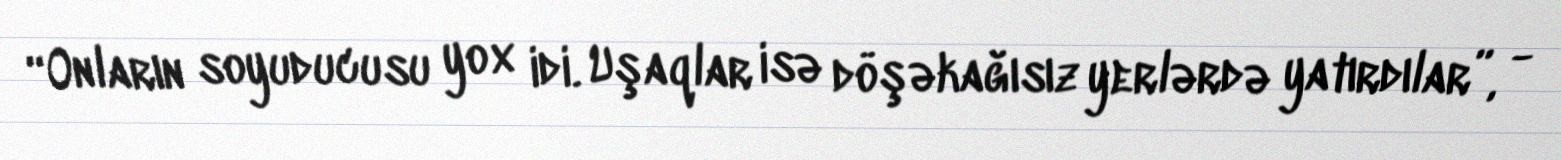
“Onların soyuducusu yox idi. Uşaqlar isə döşəkağısız yerlərdə yatırdılar”, -